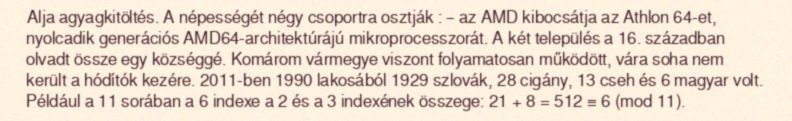
Alja agyagkitöltés. A népességét négy csoportra osztják : – az AMD kibocsátja az Athlon 64-et, nyolcadik generációs AMD64-architektúrájú mikroprocesszorát. A két település a 16. században olvadt össze egy községgé. Komárom vármegye viszont folyamatosan működött, vára soha nem került a hódítók kezére. 2011-ben 1990 lakosából 1929 szlovák, 28 cigány, 13 cseh és 6 magyar volt. Például a 11 sorában a 6 indexe a 2 és a 3 indexének összege: 21 + 8 = 512 ≡ 6 (mod 11).